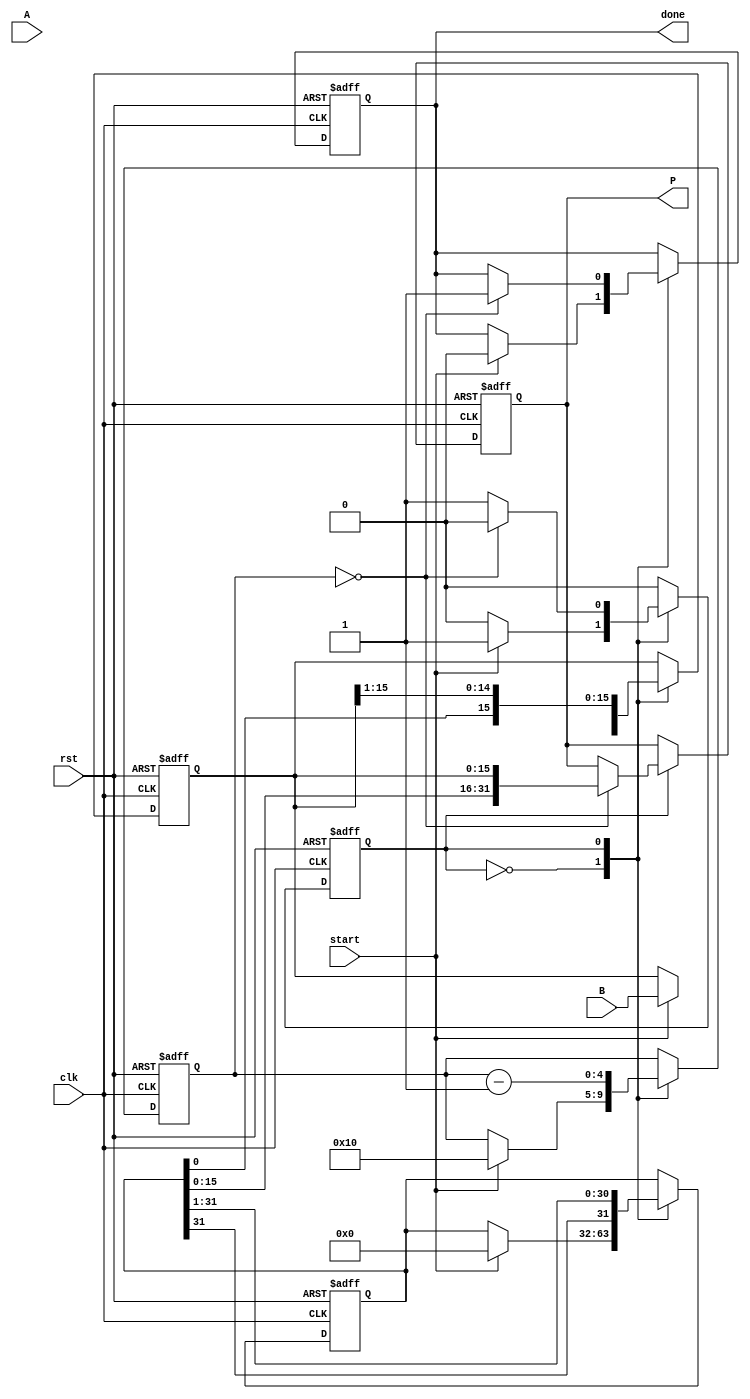
module modified_booth_multiplier (
    input wire clk,                // Clock signal
    input wire rst,                // Reset signal
    input wire start,              // Start signal to initiate multiplication
    input wire signed [15:0] A,    // Multiplicand
    input wire signed [15:0] B,    // Multiplier
    output reg signed [31:0] P,     // Product output
    output reg done                // Indicate multiplication is done
);

    // Internal registers
    reg signed [15:0] M;           // Multiplicand register
    reg signed [15:0] Q;           // Multiplier register
    reg signed [31:0] A_reg;       // Accumulator register
    reg [4:0] count;               // Count register
    reg prev_bit;                  // Previous bit for Booth's algorithm
    reg state;                     // FSM state: 0 = idle, 1 = processing

    // FSM states
    localparam IDLE = 1'b0;
    localparam PROCESS = 1'b1;

    // State machine for the multiplier
    always @(posedge clk or posedge rst) begin
        if (rst) begin
            // Reset all registers
            M <= 0;
            Q <= 0;
            A_reg <= 0;
            count <= 0;
            prev_bit <= 0;
            P <= 0;
            done <= 0;
            state <= IDLE;
        end else begin
            case (state)
                IDLE: begin
                    if (start) begin
                        // Load inputs and initialize
                        M <= A;
                        Q <= B;
                        A_reg <= 0;
                        count <= 16; // Assuming 16-bit inputs
                        prev_bit <= 0;
                        done <= 0;
                        state <= PROCESS;
                    end
                end
                
                PROCESS: begin
                    // Check the last two bits of Q and prev_bit
                    case ({Q[0], prev_bit})
                        2'b00: begin
                            // No operation
                        end
                        2'b01: begin
                            // Add M to A_reg
                            A_reg <= A_reg + M;
                        end
                        2'b10: begin
                            // Subtract M from A_reg
                            A_reg <= A_reg - M;
                        end
                        2'b11: begin
                            // No operation
                        end
                    endcase
                    
                    // Shift A_reg and Q to the right
                    {A_reg, Q} <= {A_reg[31], A_reg, Q} >> 1;

                    // Update prev_bit
                    prev_bit <= Q[0];

                    // Decrement count
                    count <= count - 1;

                    // Check if all bits have been processed
                    if (count == 0) begin
                        P <= {A_reg, Q}; // Combine A_reg and Q to form the product
                        done <= 1;       // Indicate multiplication is done
                        state <= IDLE;   // Go back to idle state
                    end
                end

                default: state <= IDLE; // Safety default
            endcase
        end
    end
endmodule